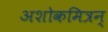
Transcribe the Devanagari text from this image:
अशोकमित्रन्